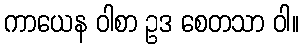
ကာယေန ဝါစာ ဥဒ စေတသာ ဝါ။